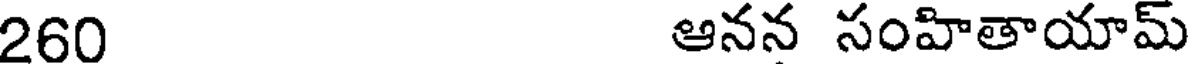
260 ఆనన సంహితాయామ్